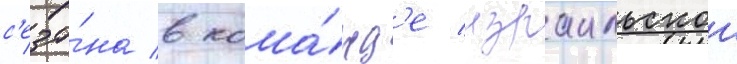
с'езо́на в кома́нд'е израильскои